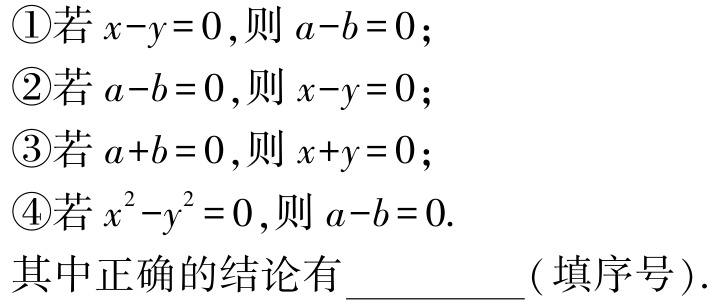
\textcircled{1}若\(x - y = 0\)，则\(a - b = 0\)；

\textcircled{2}若\(a - b = 0\)，则\(x - y = 0\)；

\textcircled{3}若\(a + b = 0\)，则\(x + y = 0\)；

\textcircled{4}若\(x^{2}-y^{2}= 0\)，则\(a - b = 0\).

其中正确的结论有__________( 填序号 ).